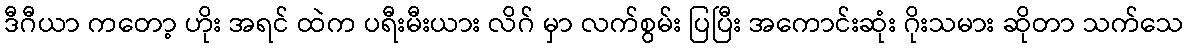
ဒီဂီယာ ကတော့ ဟိုး အရင် ထဲက ပရီးမီးယား လိဂ် မှာ လက်စွမ်း ပြပြီး အကောင်းဆုံး ဂိုးသမား ဆိုတာ သက်သေ